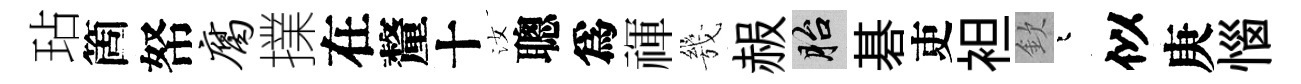
玷箇帑腐擈在釐十汝聰爲禈㡬赧胎碁吏袒欽迢似庚惱